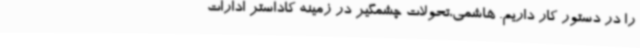
را در دستور کار داریم. هاشمی،تحولات چشمگیر در زمینه کاداستر ادارات